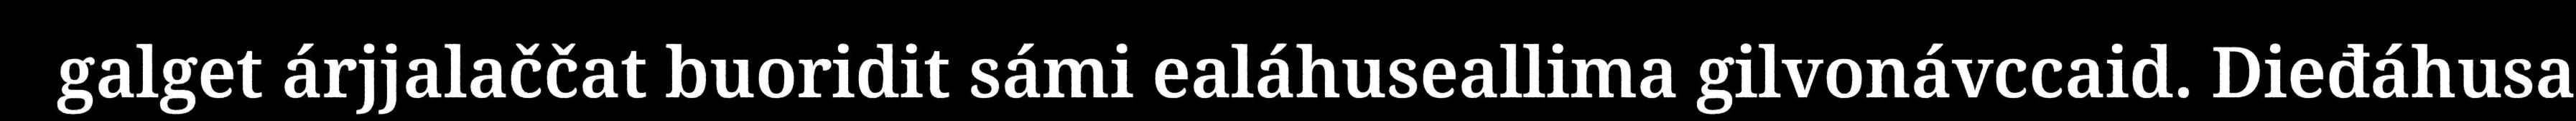
galget árjjalaččat buoridit sámi ealáhuseallima gilvonávccaid. Dieđáhusa